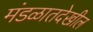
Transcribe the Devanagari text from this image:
मंडळातदेखील